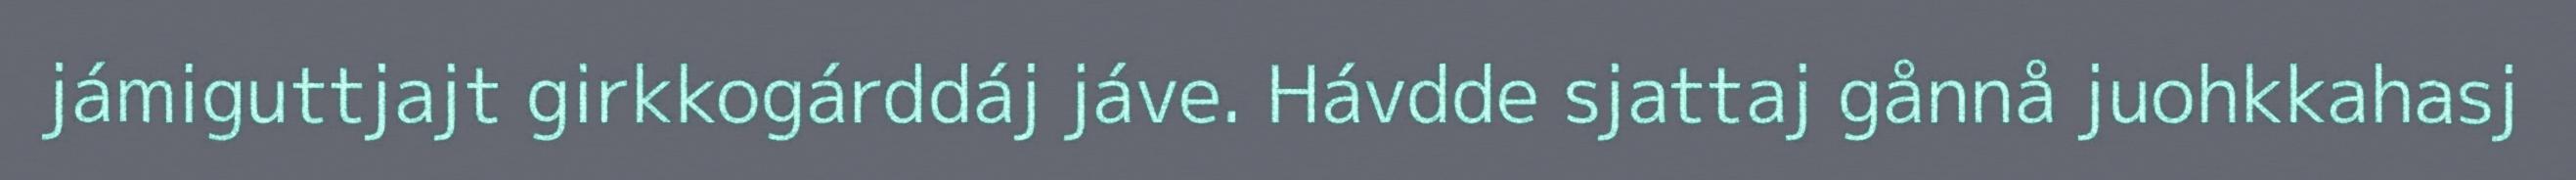
jámiguttjajt girkkogárddáj jáve. Hávdde sjattaj gånnå juohkkahasj